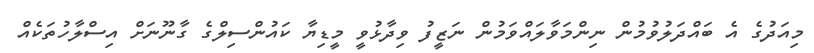
މިއަދުގެ އެ ބައްދަލުވުމުން ނިންމަވާލައްވަމުން ނަޒީފު ވިދާޅުވީ މީޑިޔާ ކައުންސިލްގެ ގާނޫނަށް އިސްލާހުތަކެއް